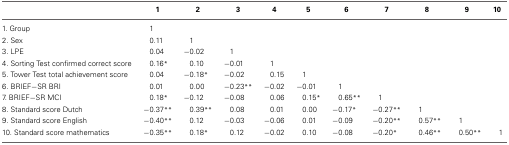
|  | 1 | 2 | 3 | 4 | 5 | 6 | 7 | 8 | 9 | 10 |
 | --- | --- | --- | --- | --- | --- | --- | --- | --- | --- | --- |
 | 1. Group | 1 |  |  |  |  |  |  |  |  |  |
 | 2. Sex | 0.11 | 1 |  |  |  |  |  |  |  |  |
 | 3. LPE | 0.04 | −0.02 | 1 |  |  |  |  |  |  |  |
 | 4. Sorting Test confirmed correct score | 0.16* | 0.10 | −0.01 | 1 |  |  |  |  |  |  |
 | 5. Tower Test total achievement score | 0.04 | −0.18* | −0.02 | 0.15 | 1 |  |  |  |  |  |
 | 6. BRIEF−SR BRI | 0.01 | 0.00 | −0.23** | −0.02 | −0.01 | 1 |  |  |  |  |
 | 7. BRIEF−SR MCI | 0.18* | −0.12 | −0.08 | 0.06 | 0.15* | 0.65** | 1 |  |  |  |
 | 8. Standard score Dutch | −0.37** | 0.39** | 0.08 | 0.01 | 0.00 | −0.17* | −0.27** | 1 |  |  |
 | 9. Standard score English | −0.40** | 0.12 | −0.03 | −0.06 | 0.01 | −0.09 | −0.20** | 0.57** | 1 |  |
 | 10. Standard score mathematics | −0.35** | 0.18* | 0.12 | −0.02 | 0.10 | −0.08 | −0.20* | 0.46** | 0.50** | 1 |